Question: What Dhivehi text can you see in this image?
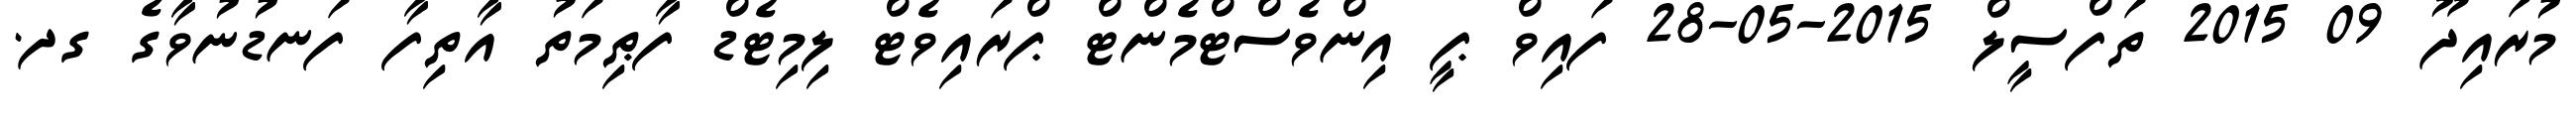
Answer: މުރައިދޫ 09 2015 ތަފްސީލް 2015-05-28 ފައިވް ޕީ އިންވެސްޓްމެންޓް ޕްރައިވެޓް ލިމިޓެޑް ފާޠިމަތު އާތިފާ ފަނޑުނުވާގެ ގދ.